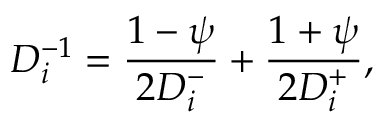
D _ { i } ^ { - 1 } = \frac { 1 - \psi } { 2 D _ { i } ^ { - } } + \frac { 1 + \psi } { 2 D _ { i } ^ { + } } ,